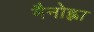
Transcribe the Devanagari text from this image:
मैनोह्ला